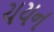
ચયન